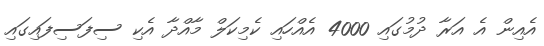
އެއިން އެ އަރާ ދުމުގައި 4000 އެއްހައި ކެމިކަލް މާއްދާ އެކި ސިފަސިފައިގައި